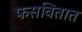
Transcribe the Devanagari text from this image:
फसवितात